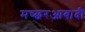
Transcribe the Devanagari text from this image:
मच्छरआबादी